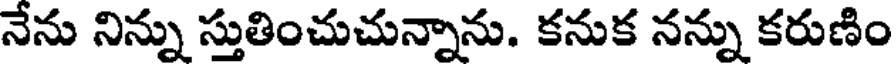
నేను నిన్ను స్తుతించుచున్నాను. కనుక నన్ను కరుణిం